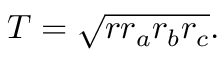
T = { \sqrt { r r _ { a } r _ { b } r _ { c } } } .